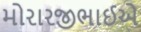
મોરારજીભાઈએ